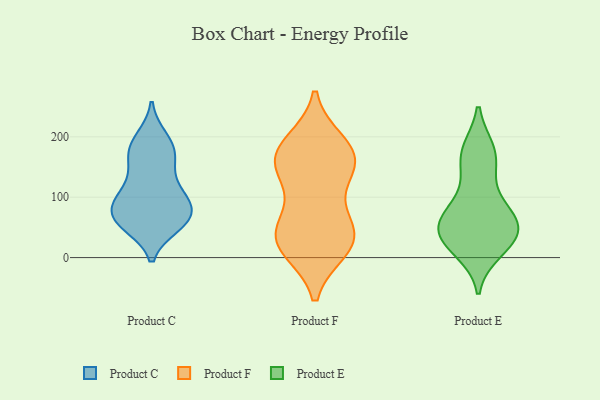
{"axis": {"x": "Bounce Rate (%)", "y": "Value"}, "legend": ["Product C", "Product E", "Product F"], "data": [{"x": "", "y": 173, "type": "Product C"}, {"x": "", "y": 175, "type": "Product C"}, {"x": "", "y": 53, "type": "Product C"}, {"x": "", "y": 57, "type": "Product C"}, {"x": "", "y": 60, "type": "Product C"}, {"x": "", "y": 195, "type": "Product C"}, {"x": "", "y": 61, "type": "Product C"}, {"x": "", "y": 98, "type": "Product C"}, {"x": "", "y": 72, "type": "Product C"}, {"x": "", "y": 156, "type": "Product C"}, {"x": "", "y": 56, "type": "Product C"}, {"x": "", "y": 113, "type": "Product C"}, {"x": "", "y": 92, "type": "Product C"}, {"x": "", "y": 84, "type": "Product C"}, {"x": "", "y": 102, "type": "Product C"}, {"x": "", "y": 78, "type": "Product C"}, {"x": "", "y": 198, "type": "Product C"}, {"x": "", "y": 126, "type": "Product C"}, {"x": "", "y": 168, "type": "Product C"}, {"x": "", "y": 139, "type": "Product F"}, {"x": "", "y": 68, "type": "Product F"}, {"x": "", "y": 144, "type": "Product F"}, {"x": "", "y": 66, "type": "Product F"}, {"x": "", "y": 44, "type": "Product F"}, {"x": "", "y": 32, "type": "Product F"}, {"x": "", "y": 156, "type": "Product F"}, {"x": "", "y": 19, "type": "Product F"}, {"x": "", "y": 165, "type": "Product F"}, {"x": "", "y": 191, "type": "Product F"}, {"x": "", "y": 148, "type": "Product F"}, {"x": "", "y": 31, "type": "Product F"}, {"x": "", "y": 181, "type": "Product F"}, {"x": "", "y": 186, "type": "Product F"}, {"x": "", "y": 15, "type": "Product F"}, {"x": "", "y": 13, "type": "Product F"}, {"x": "", "y": 51, "type": "Product E"}, {"x": "", "y": 98, "type": "Product E"}, {"x": "", "y": 12, "type": "Product E"}, {"x": "", "y": 143, "type": "Product E"}, {"x": "", "y": 168, "type": "Product E"}, {"x": "", "y": 29, "type": "Product E"}, {"x": "", "y": 72, "type": "Product E"}, {"x": "", "y": 67, "type": "Product E"}, {"x": "", "y": 69, "type": "Product E"}, {"x": "", "y": 34, "type": "Product E"}, {"x": "", "y": 19, "type": "Product E"}, {"x": "", "y": 43, "type": "Product E"}, {"x": "", "y": 177, "type": "Product E"}, {"x": "", "y": 47, "type": "Product E"}, {"x": "", "y": 177, "type": "Product E"}]}